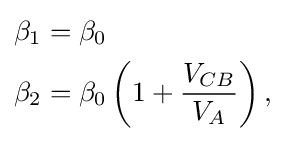
{\begin{aligned}\beta _{1}&=\beta _{0}\\\beta _{2}&=\beta _{0}\left(1+{\frac {V_{CB}}{V_{A}}}\right),\end{aligned}}